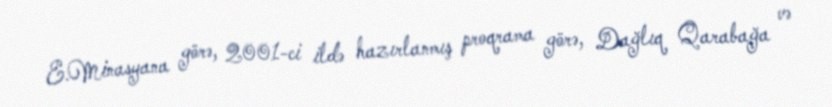
E.Minasyana görə, 2001-ci ildə hazırlanmış proqrama görə, Dağlıq Qarabağa və